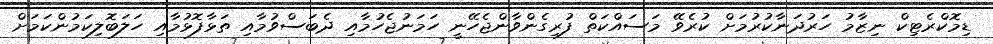
ޑިމޮކްރެޓިކް ނިޒާމު ހަރުދަނާކުރުމަށް ކުރެވޭ މަސައްކަތް ފުރިގެންވާންޖެހޭނީ ހަމަނުޖެހުމާއި ދެބަސްވުމާއި ތަޅާފޮޅުމާއި ހަލަބޮލިކަމުންކަމަށް